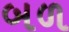
બળ